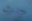
حدث